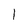
Character: 1